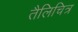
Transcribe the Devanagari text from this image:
तैलिचित्र